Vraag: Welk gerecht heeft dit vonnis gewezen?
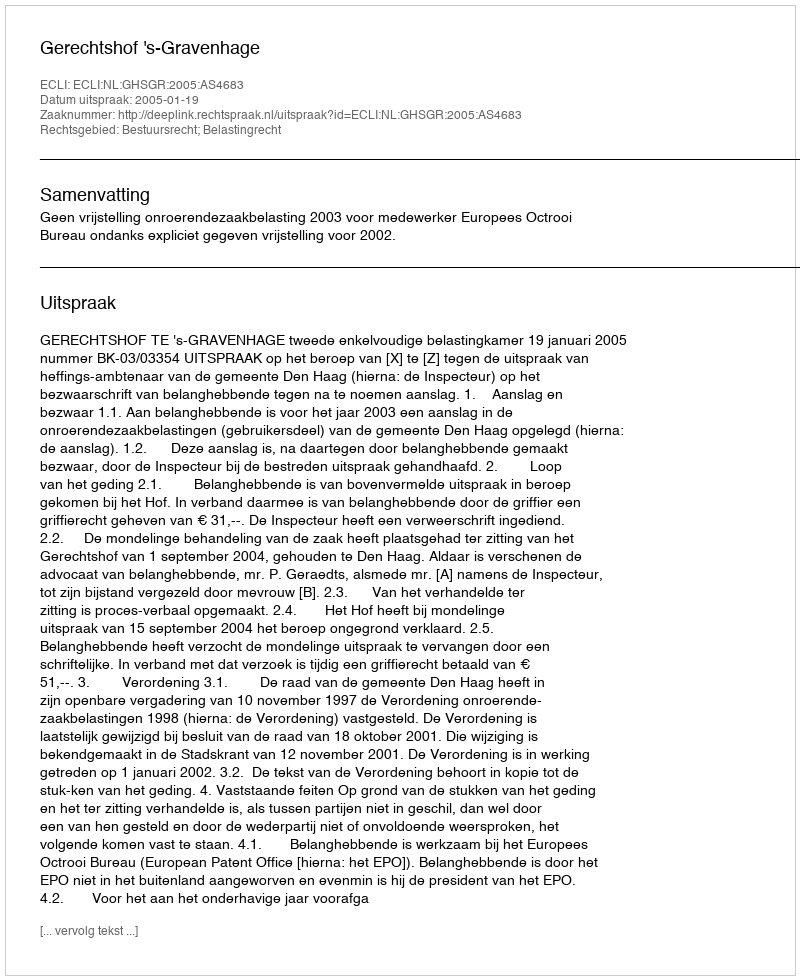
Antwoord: Gerechtshof 's-Gravenhage